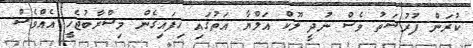
ކުރަން ފުރުސަތު ވެސް ނުދީ ލޫކް އަލްޔާ އަތުގައި ހިފައިގެން މިސްރާބުޖެހީ އެއްވެސް